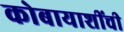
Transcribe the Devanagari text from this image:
कोबायाशींची